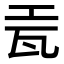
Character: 𬎥